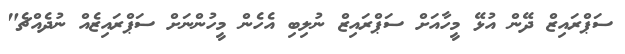
ސަޕްރައިޒް ދޭން އުޅޭ މީހާއަށް ސަޕްރައިޒް ނުލިބި އެހެން މީހުންނަށް ސަޕްރައިޒެއް ނުދެއްޗެ"